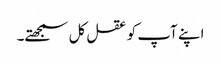
اپنے آپ کو عقل کل سمجھتے۔